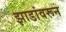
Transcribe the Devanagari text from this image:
झाडांवरून